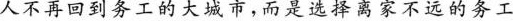
人不再回到务工的大城市，而是选择离家不远的务工